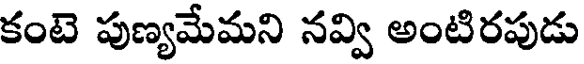
కంటె పుణ్యమేమని నవ్వి అంటిరపుడు